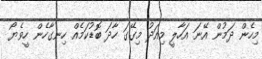
މިހެން ދަމުން އޭނަ އަހާލީ މިއަދު މިގޭގަ ހާދަ ބޮޑުކަމެއް ހިނގާހެން ހީވެޔޯ